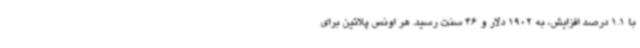
با 1.1 درصد افزایش، به 1902 دلار و 46 سنت رسید. هر اونس پلاتین برای